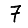
Digit: 7